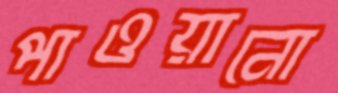
পাওয়ানো